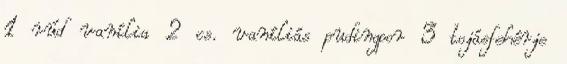
1 rúd vanília 2 cs. vaníliás pudingpor 3 tojásfehérje